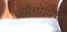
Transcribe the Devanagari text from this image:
अब्रैमोविच